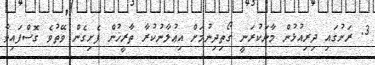
3. ރަށުގައި ދިރިއުޅުން މާނަކުރަނީ ގޯތިދިނުމަށް އިޢުލާނުކުރާ ތާރީޚުން ފެށިގެން ވޭތުވެ ގޮސްފައިވާ